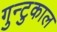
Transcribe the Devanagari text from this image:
गुन्टुकाल